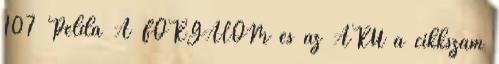
107 Példa A FORGALOM és az ARU a cikkszám